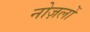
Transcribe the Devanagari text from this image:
नोज़लों